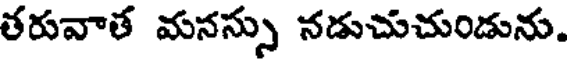
తరువాత మనస్సు నడుచుచుండును.